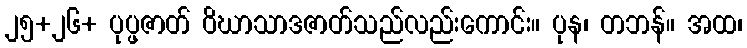
၂၅+၂၆+ ပုပ္ဖဇာတ် ဝိဃာသာဒဇာတ်သည်လည်းကောင်း။ ပုန၊ တဘန်။ အထ၊